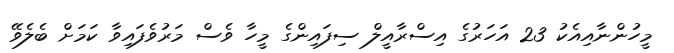
މީހުންނާއިއެކު 23 އަހަރުގެ އިސްރާއީލް ސިފައިންގެ މީހާ ވެސް މަރުވެފައިވާ ކަމަށް ބެލެވޭ